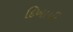
દિખાયી